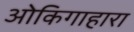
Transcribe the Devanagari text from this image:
ओकिगाहारा